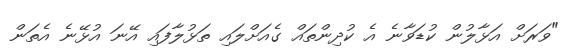
"ވަރަށް އަޅާލުން ކުޑަވާނެ އެ ކުދިންތައް ގެއަށްލައި ތަޅުލާފައި އޭނަ އުޅޭނެ އެތަން